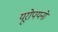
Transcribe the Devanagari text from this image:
यूरोपयनों